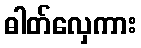
ဓါတ်လှေကား